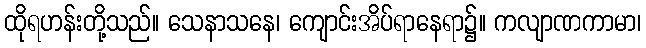
ထိုရဟန်းတို့သည်။ သေနာသနေ၊ ကျောင်းအိပ်ရာနေရာ၌။ ကလျာဏကာမာ၊